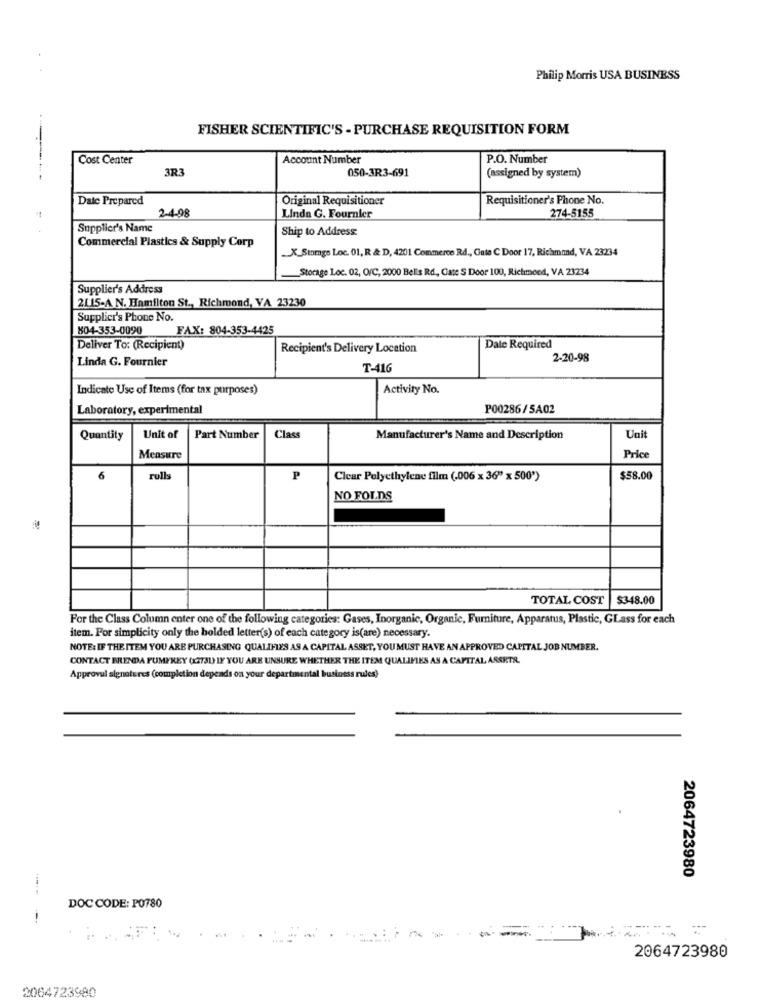
Philip Morris USA BUSINESS
FISHER SCIENTIFIC'S - PURCHASE REQUISITION FORM
Cost Center
Account Number
P.O. Number
3R3
050-3R3-691
(assigned by system)
Date Prepared
Original Requisitioner
Requisitioner's Phone No.
2-4-98
274-5155
Linda G. Fournier
Supplier's Name
Ship to Address:
Commercial Plastics & Supply Corp
X_Stomge Loc. 01, R & D, 4201 Commerce Rd ., Gute C Door 17, Richmond, VA 23234
_Storage Loc. 02, O/C, 2000 Belis Rd, Gate S Door 100, Rietimeed, VA 23234
Supplier's Address
2115-A N. Hamilton St ., Richmond, VA 23230
Supplier's Phone No.
804-353-0090
FAX: 804-353-4425
Deliver To: (Recipient)
Recipient's Delivery Location
Date Required
Linda G. Fournier
2-20-98
T-416
Indicate Use of Items (for tax purposes)
Activity No.
Laboratory, experimental
P00286/5A02
Quantity
Unit of
Part Number
Class
Manufacturer's Name and Description
Unit
Measure
Price
6
rulls
P
Clear Polyethylene film (.006 x 36" x 500*)
$58.00
NO FOLDS
TOTAL COST
$348.00
For the Class Column enter one of the following categories: Gases, Inorganic, Organic, Furniture, Apparatus, Plastic, GLass for each
item. For simplicity only the bolded letter(s) of each category is(are) necessary.
NOTE: IF THE ITEM YOU ARE PURCHASING QUALIFIES AS A CAPITAL ASSET, YOU MUST HAVE AN APPROVED CAPITAL JOB NUMBER.
CONTACT BRENDA PUMPREY (1273L) IF YOU ARE UNSURE WHETHER THE ITEM QUALIFIES AS A CAPITAL ASERTR.
Approvul signatures (completion depends on your departmental business rules)
2064723980
DOC CODE: PO780
2064723980
2064723980